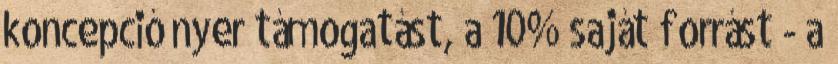
koncepció nyer támogatást, a 10% saját forrást - a